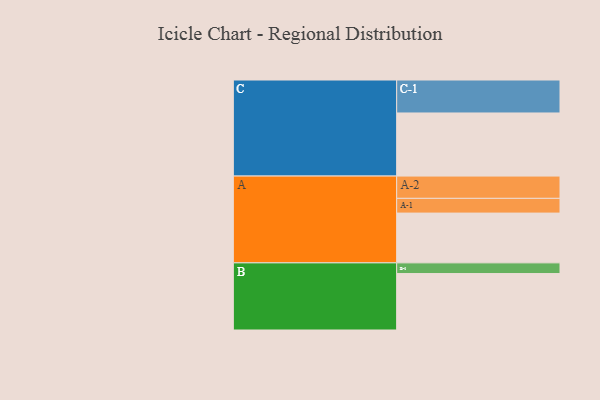
{"axis": {"x": "Segment", "y": "Value"}, "legend": ["", "A", "B", "C"], "data": [{"x": "A", "y": 382, "type": ""}, {"x": "B", "y": 433, "type": ""}, {"x": "C", "y": 484, "type": ""}, {"x": "A-1", "y": 113, "type": "A"}, {"x": "A-2", "y": 171, "type": "A"}, {"x": "B-1", "y": 82, "type": "B"}, {"x": "C-1", "y": 253, "type": "C"}]}